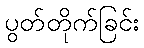
ပွတ်တိုက်ခြင်း